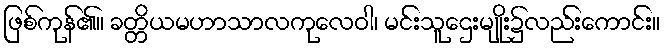
ဖြစ်ကုန်၏။ ခတ္တိယမဟာသာလကုလေဝါ၊ မင်းသူဌေးမျိုး၌လည်းကောင်း။